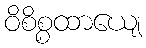
ဝိစိစ္စထာယျေ